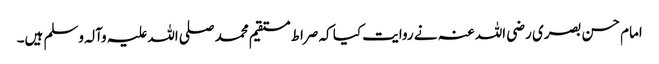
امام حسن بصری رضی اللہ عنہ نے روایت کیا کہ صراط مستقیم محمد صلی اللہ علیہ وآلہ وسلم ہیں۔